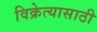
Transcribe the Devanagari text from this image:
विक्रेत्यासाठी